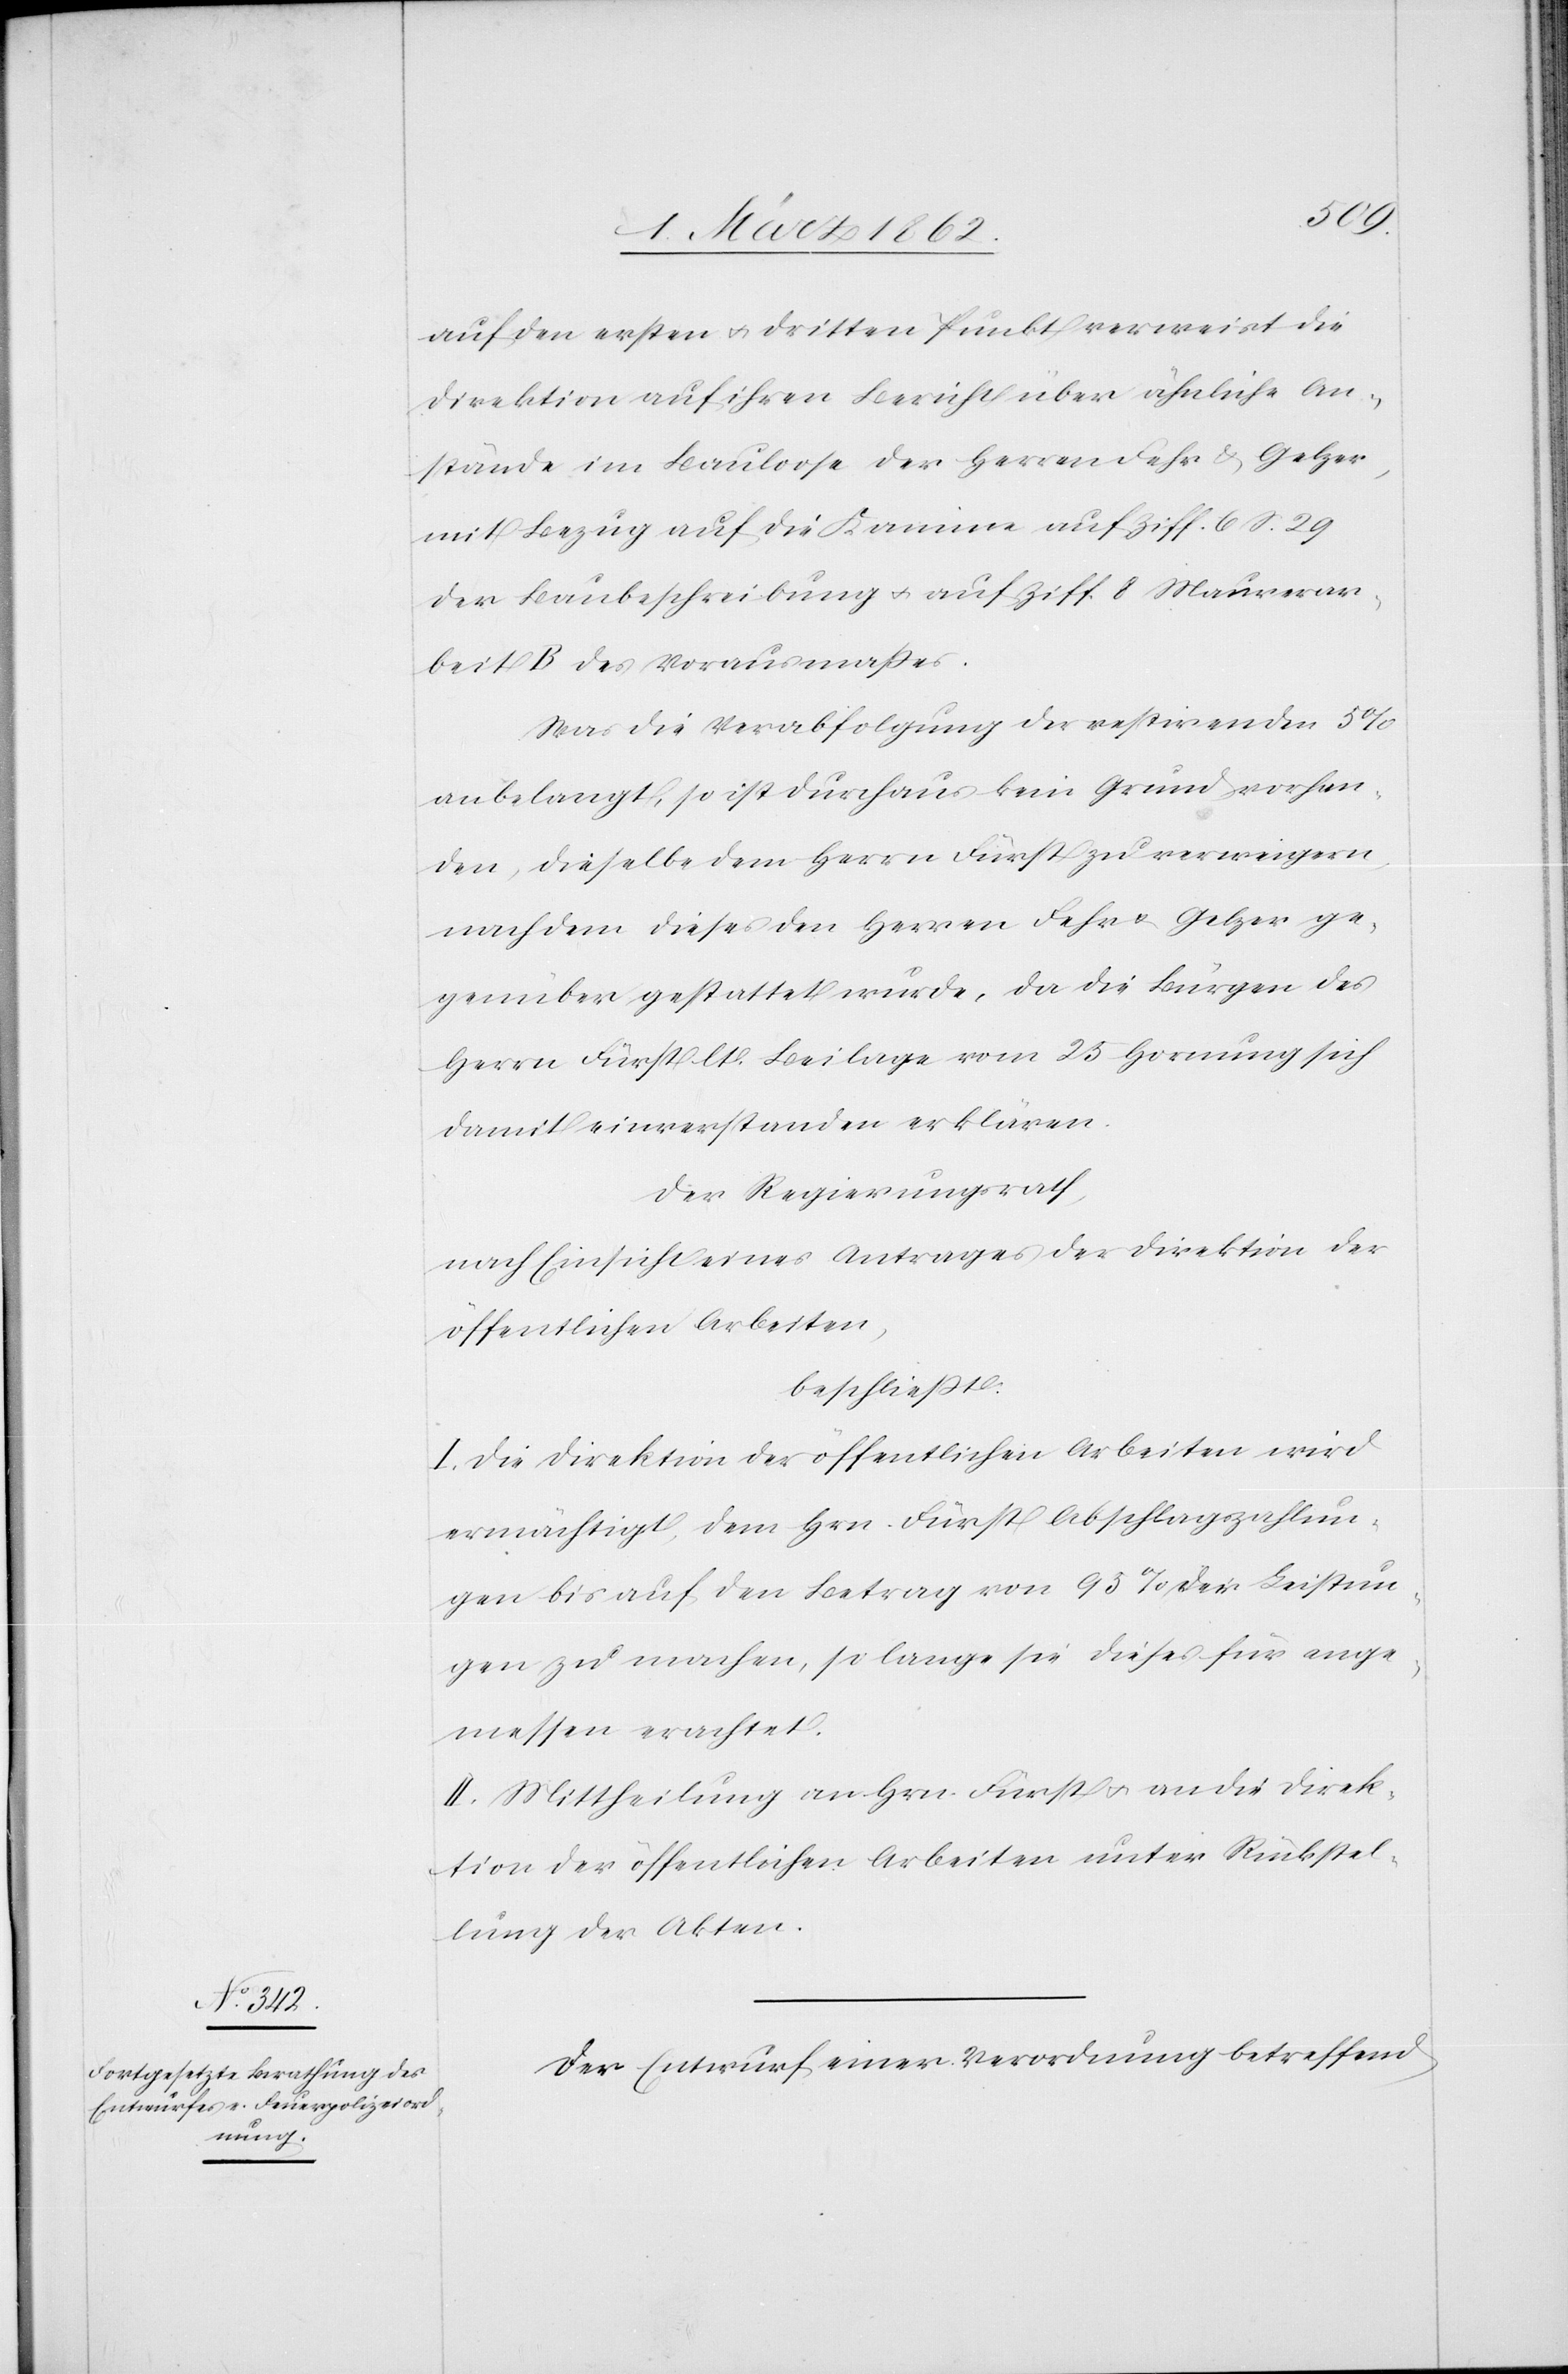
auf den ersten u. dritten Punkt verweist die
Direktion auf ihren Bericht über ähnliche An¬
stände im Bauloose der Herren Fehr & Gelzer,
mit Bezug auf die Kamine auf Ziff. 6 S. 29
der Baubeschreibung u. auf Ziff. 8 Maurerar¬
beit B des Vorausmaßes.
Was die Verabfolgung der restirenden 5%
anbelangt, so ist durchaus kein Grund vorhan¬
den, dieselbe dem Herrn Fürst zu verweigern,
nachdem diese den Herren Fehr & Gelzer ge¬
genüber gestattet wurde, da die Bürgen des
Herrn Fürst lt. Beilage vom 25 Hornung sich
damit einverstanden erklären.
Der Regierungsrath,
nach Einsicht eines Antrages der Direktion der
öffentlichen Arbeiten,
beschließt:
I. Die Direktion der öffentlichen Arbeiten wird
ermächtigt, dem Hrn. Fürst Abschlagszahlun¬
gen bis auf den Betrag von 95% der Leistun¬
gen zu machen, so lange sie dieses für ange¬
messen erachtet.
II. Mittheilung an Hrn. Fürst u. an die Direk¬
tion der öffentlichen Arbeiten unter Rückstel¬
lung der Akten.
Der Entwurf einer Verordnung betreffend